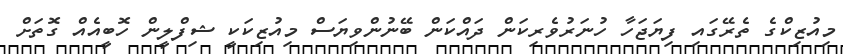
މިއުޒިކްގެ ތެރޭގައި ފިޔަޖަހާ ހުނަރުވެރިކަން ދައްކަން ބޭނުންވިޔަސް މިއުޒިކަކީ ޝިފްލީން ހޮބީއެއް ގޮތަށް